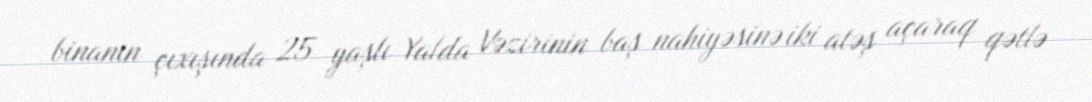
binanın çıxışında 25 yaşlı Yalda Vəzirinin baş nahiyəsinə iki atəş açaraq qətlə